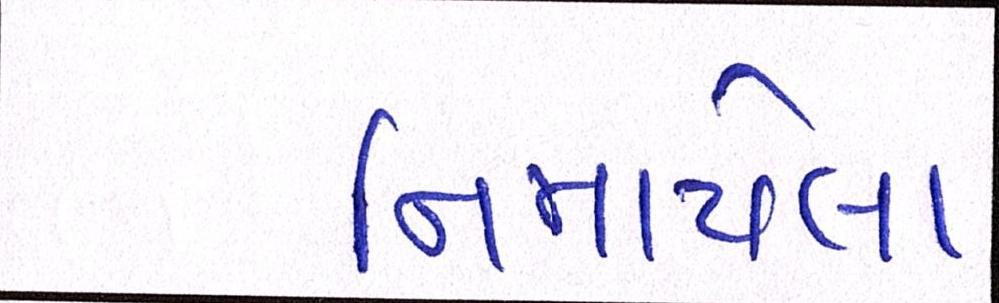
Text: નિમાયેલા